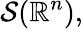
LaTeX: {\mathcal{S}}(\mathbb{R}^{n}),